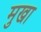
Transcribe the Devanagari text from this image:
मुखा